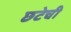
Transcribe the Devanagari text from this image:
छटेची